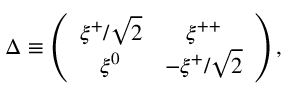
\Delta \equiv \left( \begin{array} { c c } { { \xi ^ { + } / \sqrt 2 } } & { { \xi ^ { + + } } } \\ { { \xi ^ { 0 } } } & { { - \xi ^ { + } / \sqrt 2 } } \end{array} \right) ,